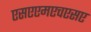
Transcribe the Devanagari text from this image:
एसएएमएचएसए